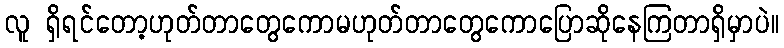
လူ ရှိရင်တော့ဟုတ်တာတွေကောမဟုတ်တာတွေကောပြောဆိုနေကြတာရှိမှာပဲ။